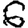
Digit: 6